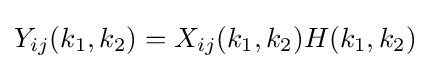
Y_{ij}(k_{1},k_{2})=X_{ij}(k_{1},k_{2})H(k_{1},k_{2})